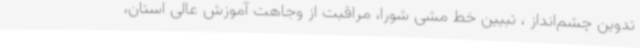
تدوین چشم‌انداز ، تبیین خط مشی شورا، مراقبت از وجاهت آموزش عالی استان،